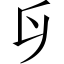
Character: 𠂑